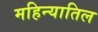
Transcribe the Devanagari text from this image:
महिन्यातिल